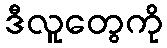
ဒီလူတွေကို